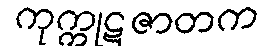
ကုက္ကုဋဇာတက